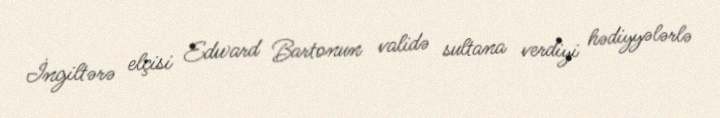
İngiltərə elçisi Edward Bartonun validə sultana verdiyi hədiyyələrlə